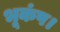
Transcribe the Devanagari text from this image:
भूकंप।